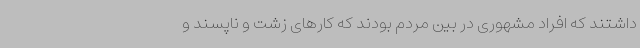
داشتند که افراد مشهوری در بین مردم بودند که کارهای زشت و ناپسند و